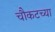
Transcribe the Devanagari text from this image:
चौकटच्या